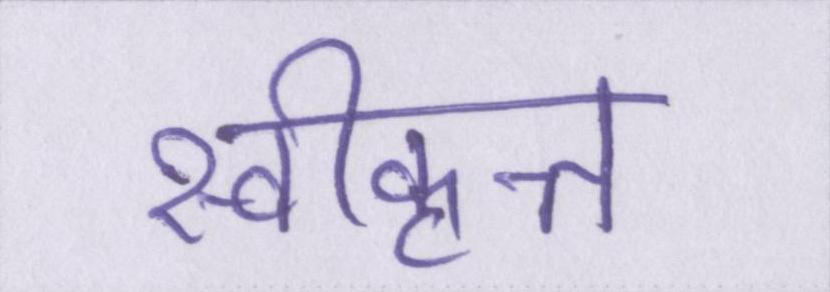
स्वीकृत्त